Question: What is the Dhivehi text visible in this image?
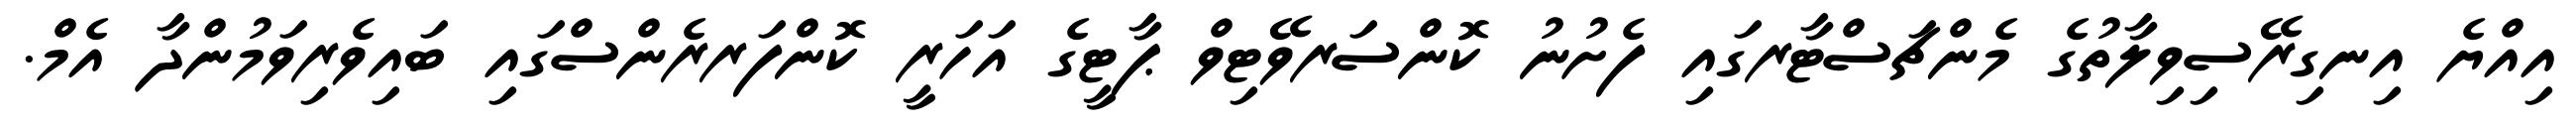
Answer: އިއްޔެ އިނގިރޭސިވިލާތުގެ މެންޗަސްޓާރގައި ފެށުނު ކޮންސަރވޭޓިވް ޕާޓީގެ އަހަރީ ކޮންފަރރެންސްގައި ބައިވެރިވަމުންދާ އެމް.